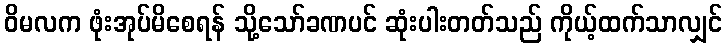
ဝိမလက ဖုံးအုပ်မိစေရန် သို့သော်ခဏပင် ဆုံးပါးတတ်သည် ကိုယ့်ထက်သာလျှင်